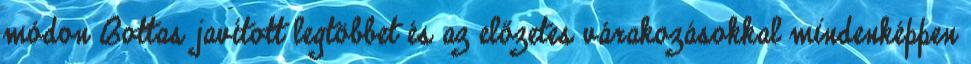
módon Bottas javított legtöbbet és az előzetes várakozásokkal mindenképpen